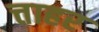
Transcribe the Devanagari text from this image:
त्ताहर